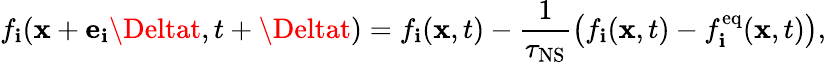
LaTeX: f_{\mathbf{i}}(\mathbf{{x}}+\mathbf{{e}}_{\mathbf{i}}\Deltat,t+\Deltat)=f_{\mathbf{i}}(\mathbf{{x}},t)-\frac{{1}}{{\tau_{\mathrm{{NS}}}}}\left(f_{\mathbf{i}}(\mathbf{{x}},t)-f_{\mathbf{i}}^{\mathrm{{eq}}}(\mathbf{{x}},t)\right),